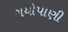
ગયોપાણી